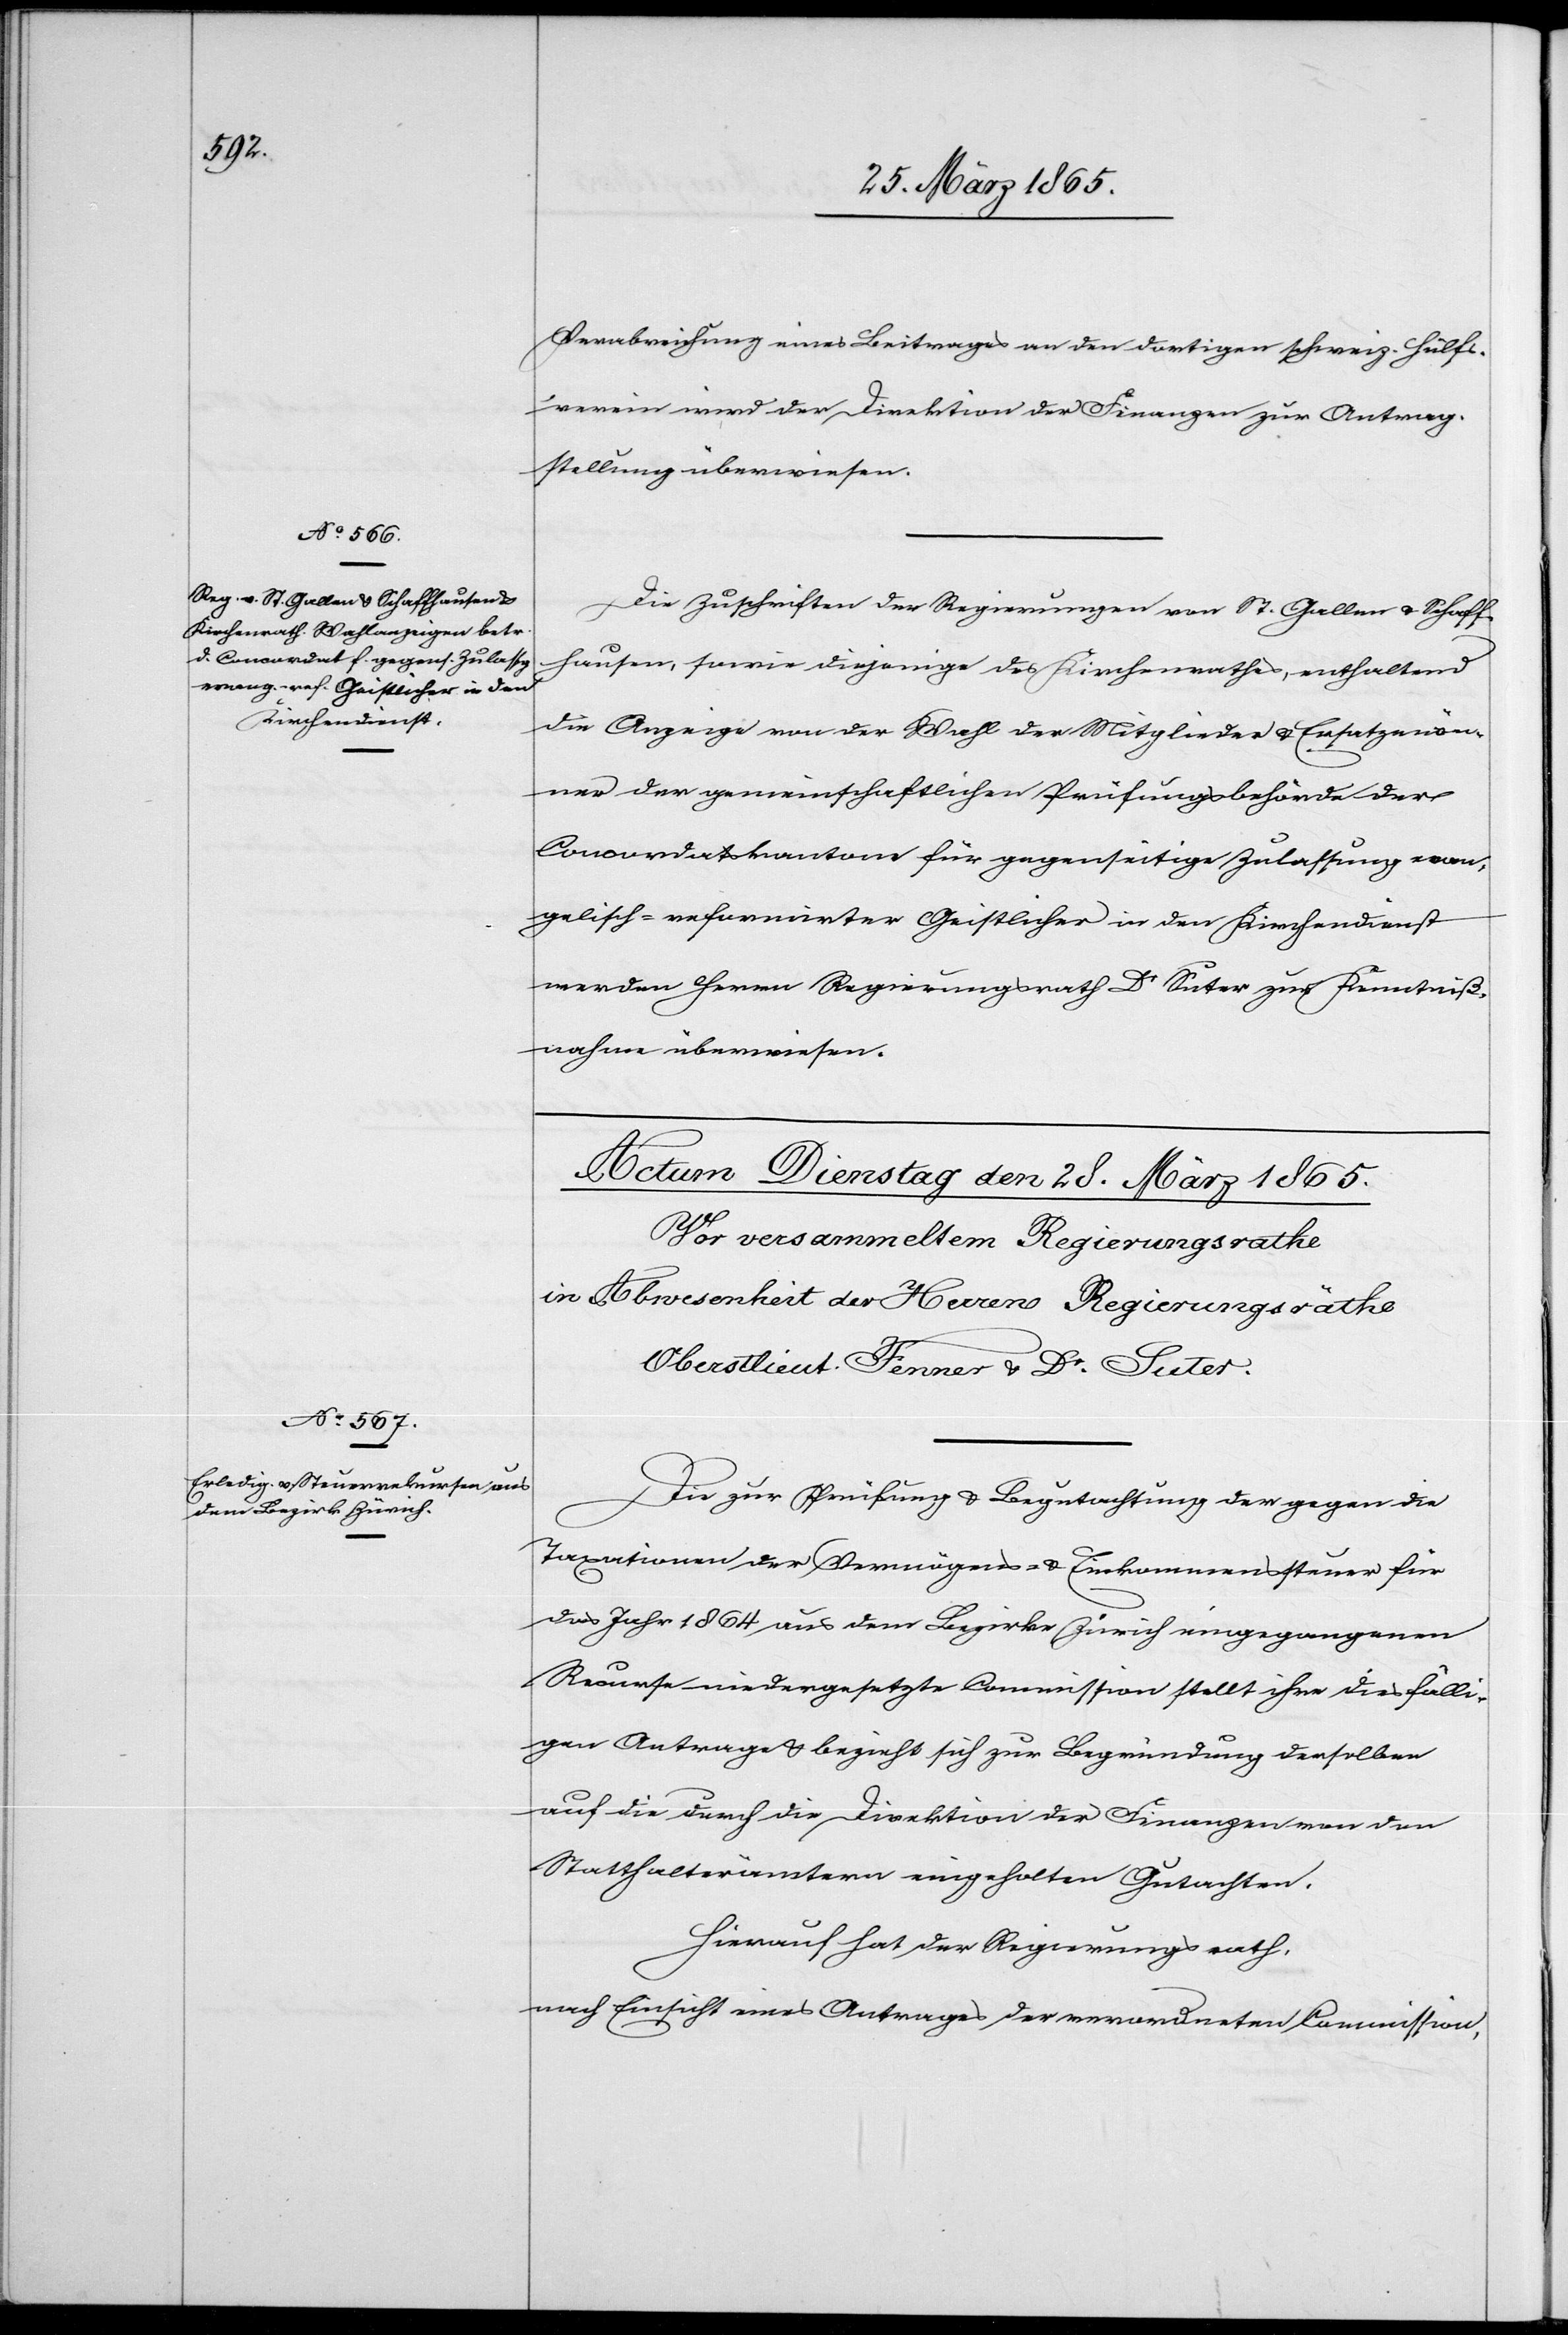
25. März 1865.]
Verabreichung eines Beitrages an den dortigen schweiz. Hülfs¬
verein wird der Direktion der Finanzen zur Antrag¬
stellung überwiesen.
Die Zuschrift der Regierungen von St. Gallen & Schaff¬
hausen, sowie diejenige des Kirchenrathes, enthaltend
die Anzeige von der Wahl der Mitglieder & Ersatzmän¬
ner der gemeinschaftlichen Prüfungsbehörde der
Concordatskantone für gegenseitige Zulassung evan¬
gelisch-reformirter Geistlicher in den Kirchendienst
werden Herrn Regierungsrath Dr Suter zur Kenntniß¬
nahme überwiesen.
Die zur Prüfung & Begutachtung der gegen die
Taxationen der Vermögens- & Einkommenssteuer für
das Jahr 1864 aus dem Bezirke Zürich eingegangenen
Recurse niedergesetzte Commission stellt ihre diesfälli¬
gen Antrage & bezieht sich zur Begründung derselben
auf die durch die Direktion der Finanzen von den
Statthalterämtern eingeholten Gutachten.
Hierauf hat der Regierungsrath,
nach Einsicht eines Antrages der verordneten Commission,